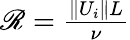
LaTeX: \begin{array}{r}{\mathscr{R}=\frac{\| U_{i}\| L}{\nu}}\end{array}